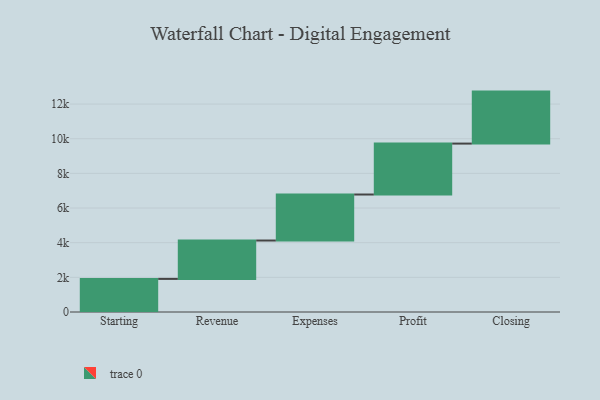
{"axis": {"x": "Step", "y": "Value"}, "legend": [""], "data": [{"x": "Starting", "y": 1910.0, "type": ""}, {"x": "Revenue", "y": 2215.0, "type": ""}, {"x": "Expenses", "y": 2655.0, "type": ""}, {"x": "Profit", "y": 2939.0, "type": ""}, {"x": "Closing", "y": 3000, "type": ""}]}